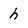
Character: h